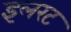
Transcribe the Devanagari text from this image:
इलरट